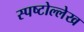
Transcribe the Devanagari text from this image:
स्पष्टोल्लेख